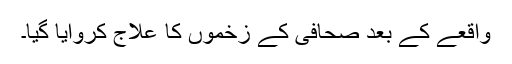
واقعے کے بعد صحافی کے زخموں کا علاج کروایا گیا۔